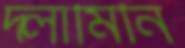
দ্লামিনি